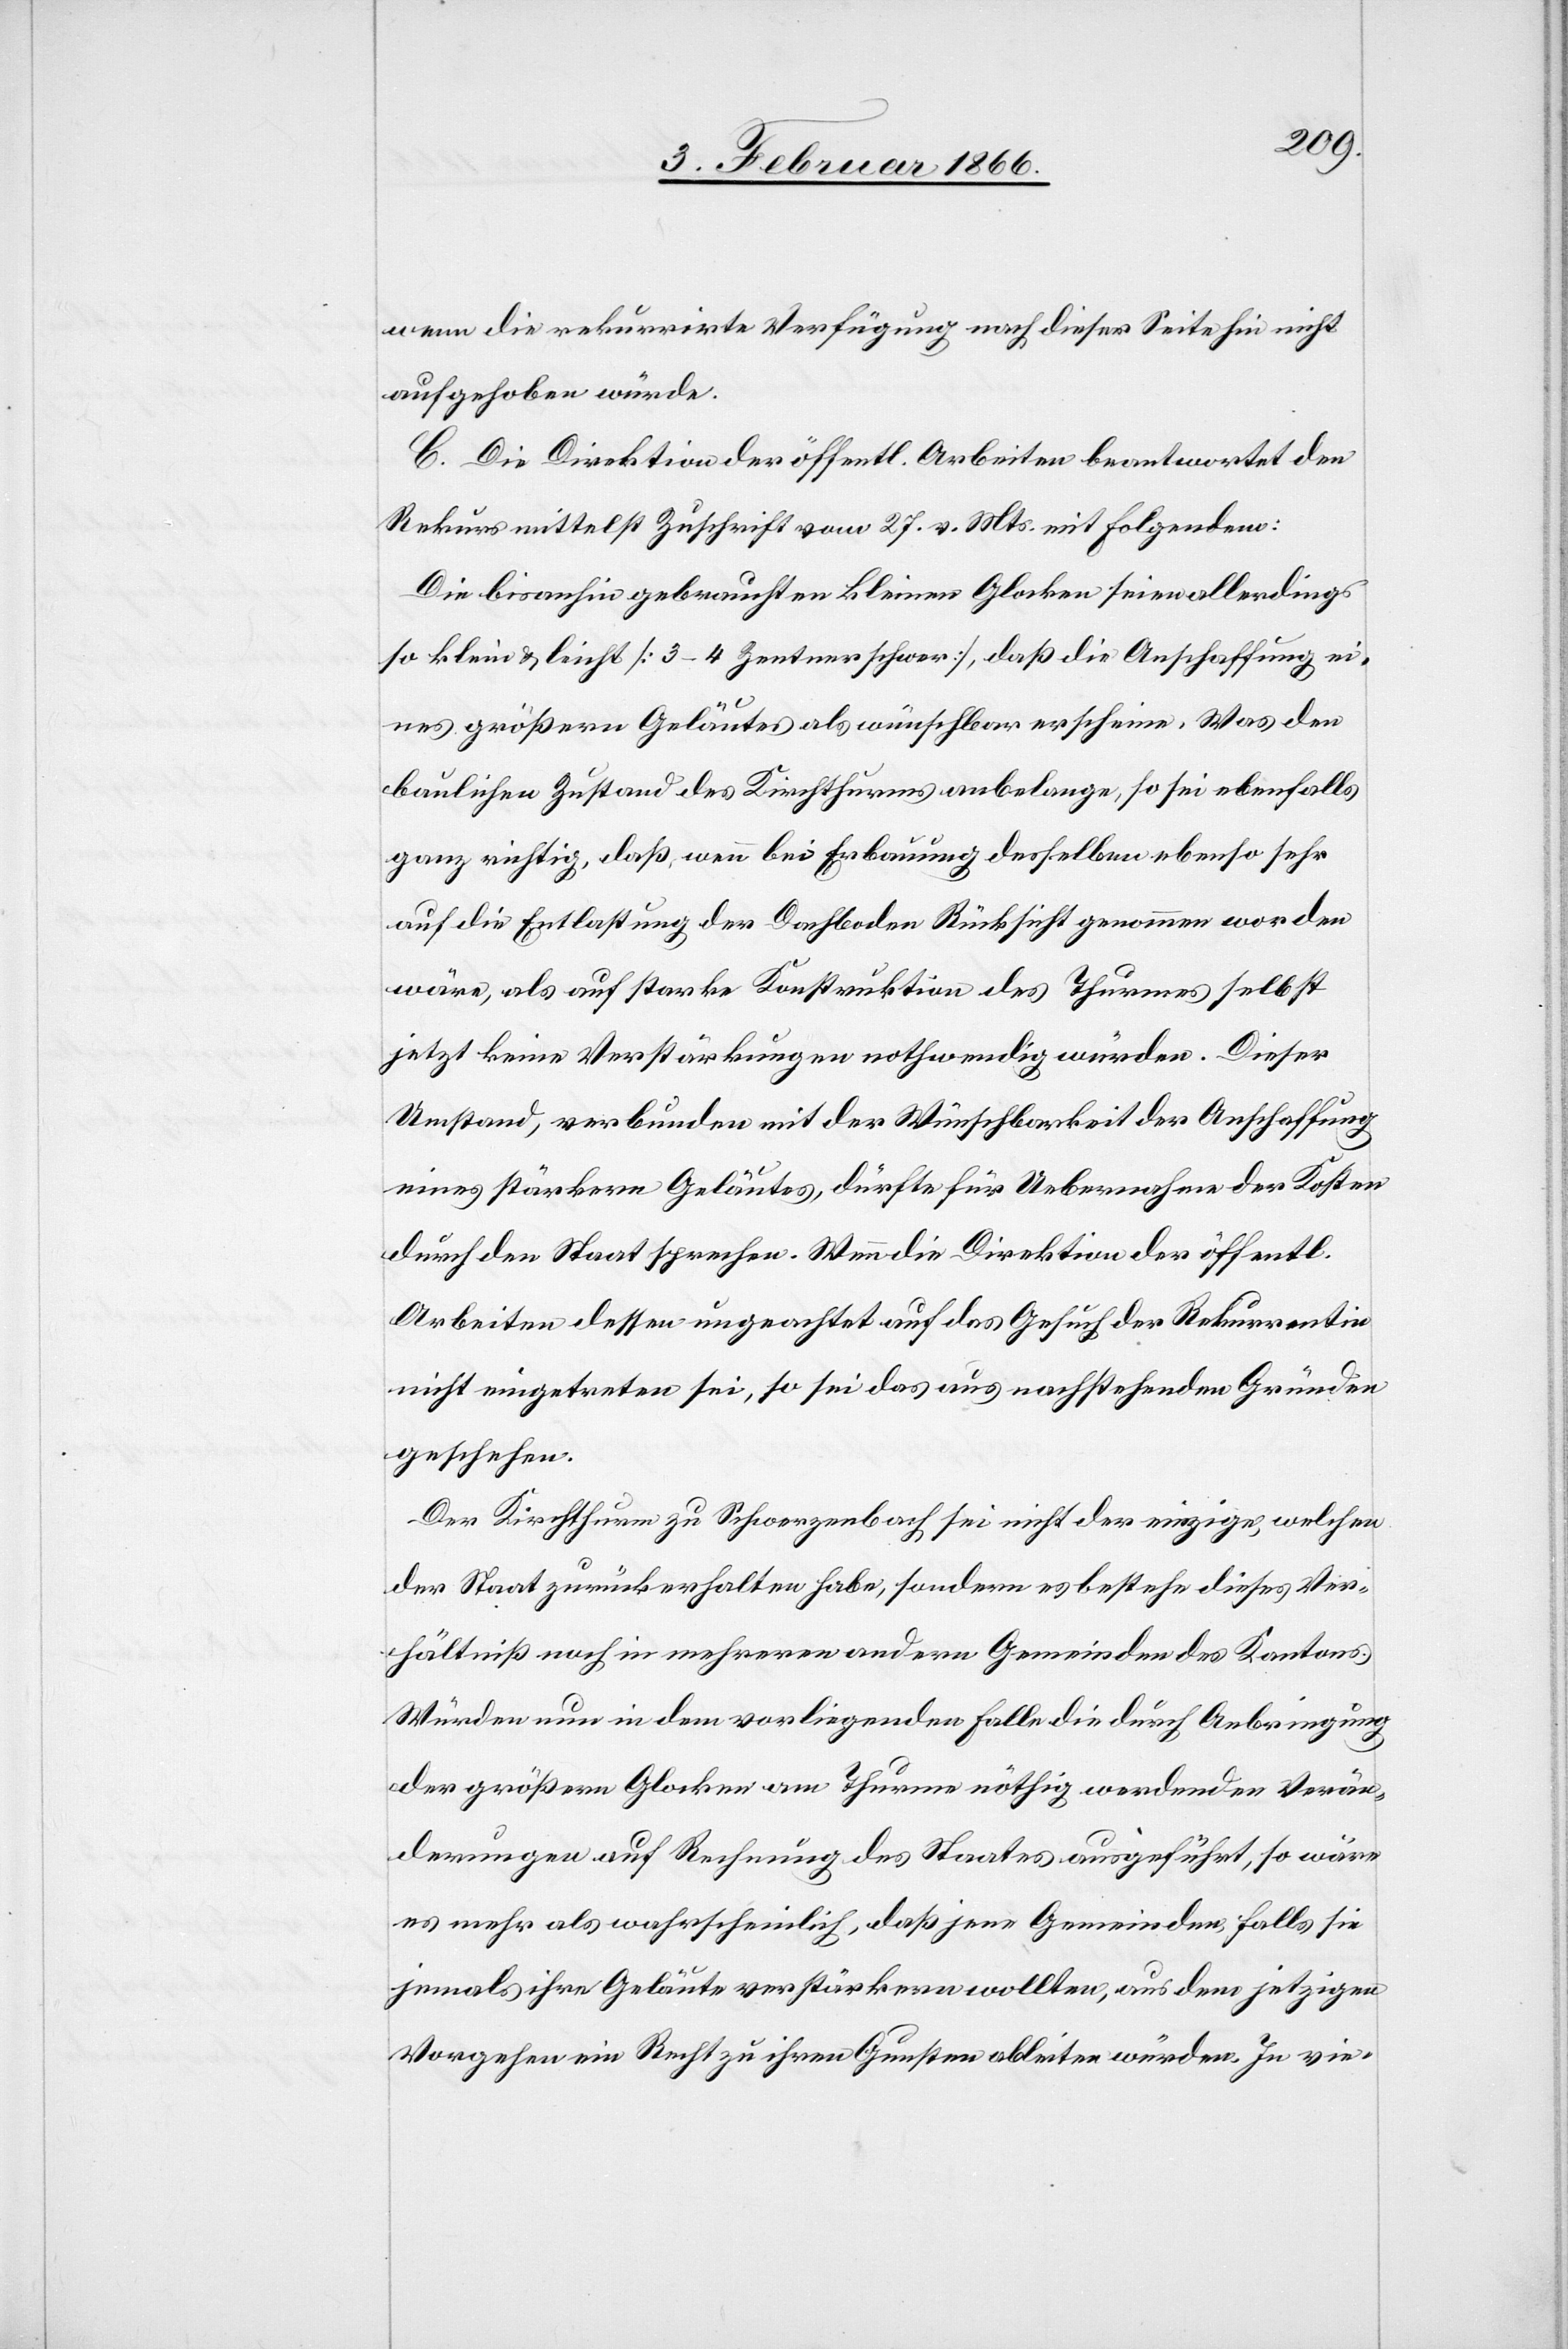
wenn die rekurrirte Verfügung nach dieser Seite hin nicht
aufgehoben würde.
C. Die Direktion der öffentl. Arbeiten beantwortet den
Rekurs mittelst Zuschrift vom 27. v. Mts. mit Folgendem:
Die bisanhin gebrauchten kleinen Glocken seien allerdings
so klein u. leicht [3–4 Zentner schwer], daß die Anschaffung ei¬
nes größern Geläutes als wünschbar erscheine. Was den
baulichen Zustand des Kirchthurmes anbelange, so sei ebenfalls
ganz richtig, daß, wenn bei Erbauung desselben ebenso sehr
auf die Entlastung der Dachboden Rücksicht genommen worden
wäre, als auf starke Konstruktion des Thurmes selbst
jetzt keine Verstärkungen nothwendig würden. Dieser
Umstand, verbunden mit der Wünschbarkeit der Anschaffung
eines stärkern Geläutes, dürfte für Uebernahme der Kosten
durch den Staat sprechen. Wenn die Direktion der öffentl.
Arbeiten dessen ungeachtet auf das Gesuch der Rekurrentin
nicht eingetreten sei, so sei das aus nachstehenden Gründen
geschehen:
Der Kirchthurm zu Schwerzenbach sei nicht der einzige, welchen
der Staat zurückerhalten habe, sondern es bestehe dieses Ver¬
hältniß noch in mehreren andern Gemeinden des Kantons.
Würden nun in dem vorliegenden Falle die durch Anbringung
der größern Glocken am Thurme nöthig werdenden Verän¬
derungen auf Rechnung des Staates ausgeführt, so wäre
es mehr als wahrscheinlich, daß jene Gemeinden, falls sie
jemals ihre Geläute verstärkern [sic!] wollten, aus dem jetzigen
Vorgehen ein Recht zu ihren Gunsten ableiten würden. In vie-